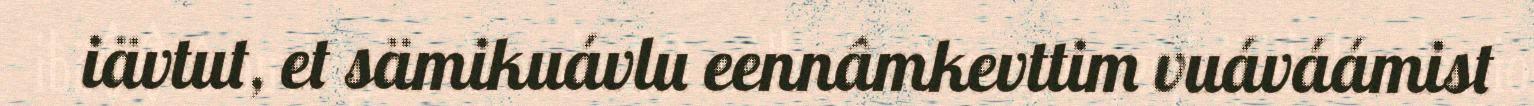
iävtut, et sämikuávlu eennâmkevttim vuáváámist